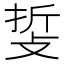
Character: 𢼺